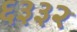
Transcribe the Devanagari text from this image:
६३३२